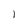
Character: 1